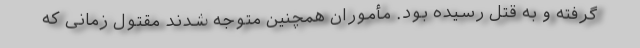
گرفته و به قتل رسیده بود. مأموران همچنین متوجه شدند مقتول زمانی که